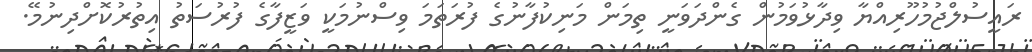
ރައީސުލްޖުމުހޫރިއްޔާ ވިދާޅުވަމުން ގެންދަވަނީ ތިމަން މަނިކުފާނުގެ ފުރަތަމަ ވިސްނުމަކީ ވަޒީފާގެ ފުރުސަތު އިތުރުކޮށްދިނުމޭ.